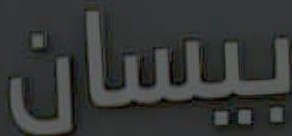
بیسان